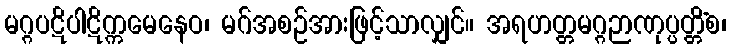
မဂ္ဂပဋိပါဋိက္ကမေနေဝ၊ မဂ်အစဉ်အားဖြင့်သာလျှင်။ အရဟတ္တမဂ္ဂဉာဏုပ္ပတ္တိံစ၊